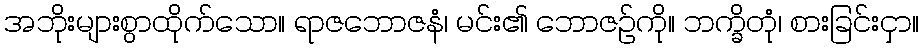
အဘိုးများစွာထိုက်သော။ ရာဇဘောဇနံ၊ မင်း၏ ဘောဇဉ်ကို။ ဘက္ခိတုံ၊ စားခြင်းငှာ။